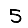
Digit: 5